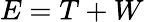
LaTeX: E=T+W